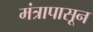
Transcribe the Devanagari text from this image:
मंत्रापासून